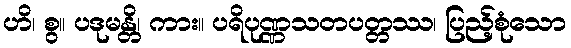
ဟိ၊ စွ။ ပဒုမန္တိ၊ ကား။ ပရိပုဏ္ဏသတပတ္တဿ၊ ပြည့်စုံသော